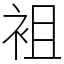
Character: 袓